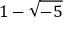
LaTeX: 1 - { \sqrt { - 5 } }